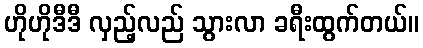
ဟိုဟိုဒီဒီ လှည့်လည် သွားလာ ခရီးထွက်တယ်။